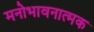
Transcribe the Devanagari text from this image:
मनोभावनात्मक